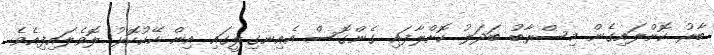
ބާރު ކޮށްލައިގެން މިސްރާބު ބަދަލު ކޮށްލާފައި ގެންގޮސް އެއިނގިލީގައި އިން ކޭކުކޮޅު ލޮވެލައިފިއެވެ.